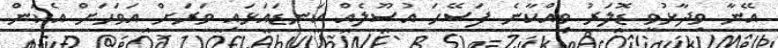
އޭނާ ވިދާޅުވީ ޑޮލަރު ވިއްކާނެ ފަސޭހަ އުސޫލެއް ކަނޑައަޅައި ވަރަށް އަވަހަށް އެކަން